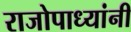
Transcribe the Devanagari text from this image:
राजोपाध्यांनी